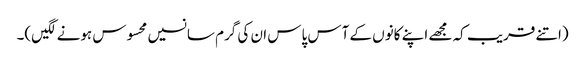
(اتنے قریب کہ مجھے اپنے کانوں کے آس پاس ان کی گرم سانسیں محسوس ہونے لگیں)۔